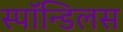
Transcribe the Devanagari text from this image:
स्पॉन्डिलस